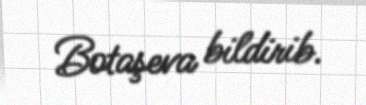
Botaşeva bildirib.